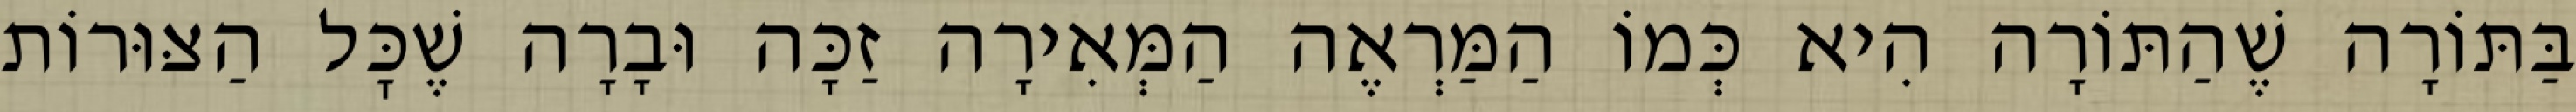
בַּתּוֹרָה שֶׁהַתּוֹרָה הִיא כְּמוֹ הַמַּרְאֶה הַמְּאִירָה זַכָּה וּבָרָה שֶׁכׇּל הַצּוּרוֹת